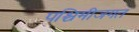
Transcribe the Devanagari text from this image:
पश्चिमीजगत